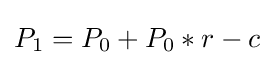
P_{1}=P_{0}+P_{0}*r-c